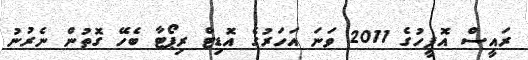
ރައީސް އޮފީހުގެ 2011 ވަނަ އަހަރުގެ އޮޑިޓް ރިޕޯޓާ ބެހޭ ގޮތުން ނެރުނު